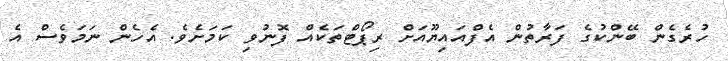
ހުރެގެން ބޭންކުގެ ފަރާތުން އެފްއައިޔޫއަށް ރިޕޯޓްތަކެއް ފޮނުވި ކަމަށެވެ. އެހެން ނަމަވެސް އެ